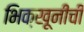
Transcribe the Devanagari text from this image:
भिक्खूनींची